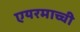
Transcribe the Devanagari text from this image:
एयरमाच्ची